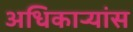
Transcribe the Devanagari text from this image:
अधिकाऱ्यांस